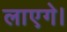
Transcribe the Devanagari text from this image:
लाएगे।